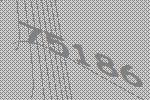
75186